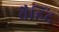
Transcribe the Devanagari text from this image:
वैहिंद